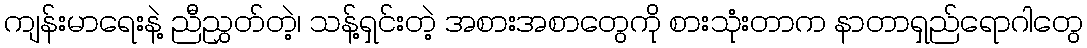
ကျန်းမာရေးနဲ့ ညီညွှတ်တဲ့၊ သန့်ရှင်းတဲ့ အစားအစာတွေကို စားသုံးတာက နာတာရှည်ရောဂါတွေ